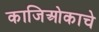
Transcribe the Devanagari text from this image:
काजिओकाचे